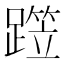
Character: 𨅁